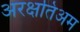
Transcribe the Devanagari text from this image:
अरक्षतिअम